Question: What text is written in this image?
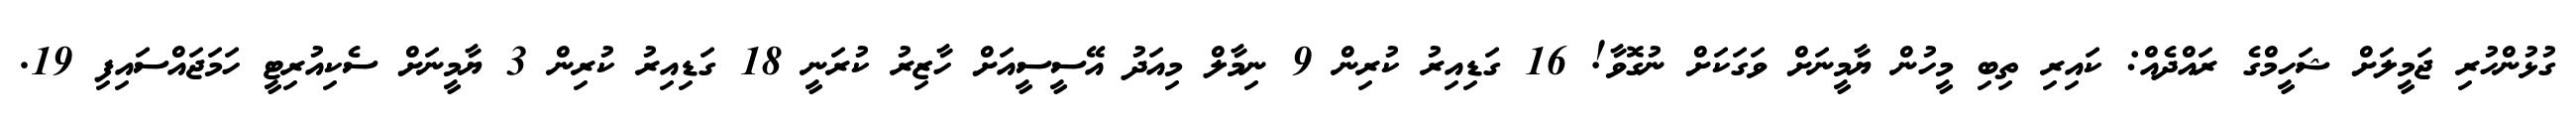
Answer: ގުޅުންހުރި ޖަމީލަށް ޝަހީމްގެ ރައްދެއް: ކައިރި ތިބި މީހުން ޔާމީނަށް ވަގަކަށް ނުގޮވާ! 16 ގަޑިއިރު ކުރިން 9 ނިމާލް މިއަދު އޭސީސީއަށް ހާޒިރު ކުރަނީ 18 ގަޑިއިރު ކުރިން 3 ޔާމީނަށް ސެކިއުރިޓީ ހަމަޖައްސައިފި 19.